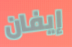
إيفان